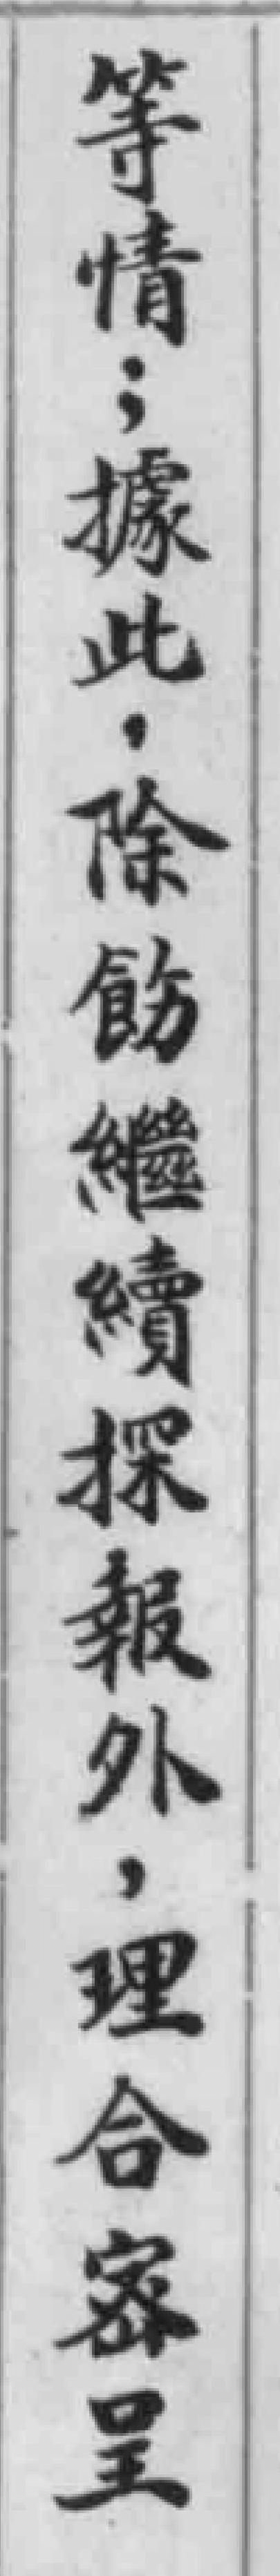
等情;據此,除飭繼續探報外,理合宻呈